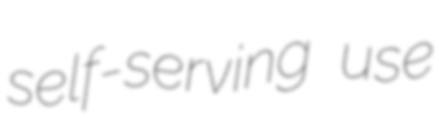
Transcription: self-serving use